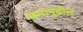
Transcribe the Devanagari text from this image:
जगापुढील